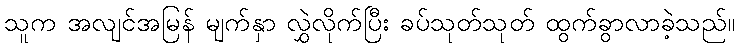
သူက အလျင်အမြန် မျက်နှာ လွှဲလိုက်ပြီး ခပ်သုတ်သုတ် ထွက်ခွာလာခဲ့သည်။